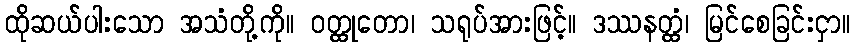
ထိုဆယ်ပါးသော အသံတို့ကို။ ဝတ္ထုတော၊ သရုပ်အားဖြင့်။ ဒဿနတ္ထံ၊ မြင်စေခြင်းငှာ။